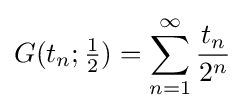
G(t_{n};{\tfrac {1}{2}})=\sum _{n=1}^{\infty }{\frac {t_{n}}{2^{n}}}